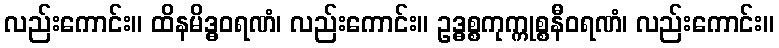
လည်းကောင်း။ ထိနမိဒ္ဓဝရဏံ၊ လည်းကောင်း။ ဥဒ္ဓစ္စကုက္ကုစ္စနီဝရဏံ၊ လည်းကောင်း။